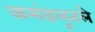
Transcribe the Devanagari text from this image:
कमंडलूतले